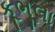
કૂભૂલા